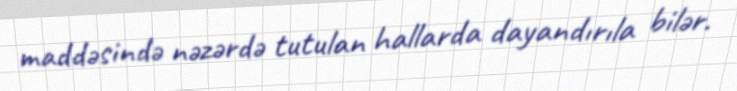
maddəsində nəzərdə tutulan hallarda dayandırıla bilər.